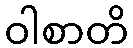
ဝါစာတိ